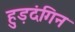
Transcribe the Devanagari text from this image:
हुड़दंगिन